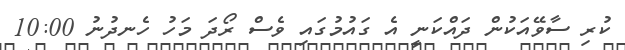
ކުރި ސާވޭއަކުން ދައްކަނީ އެ ގައުމުގައި ވެސް ރޯދަ މަހު ހެނދުނު 10:00